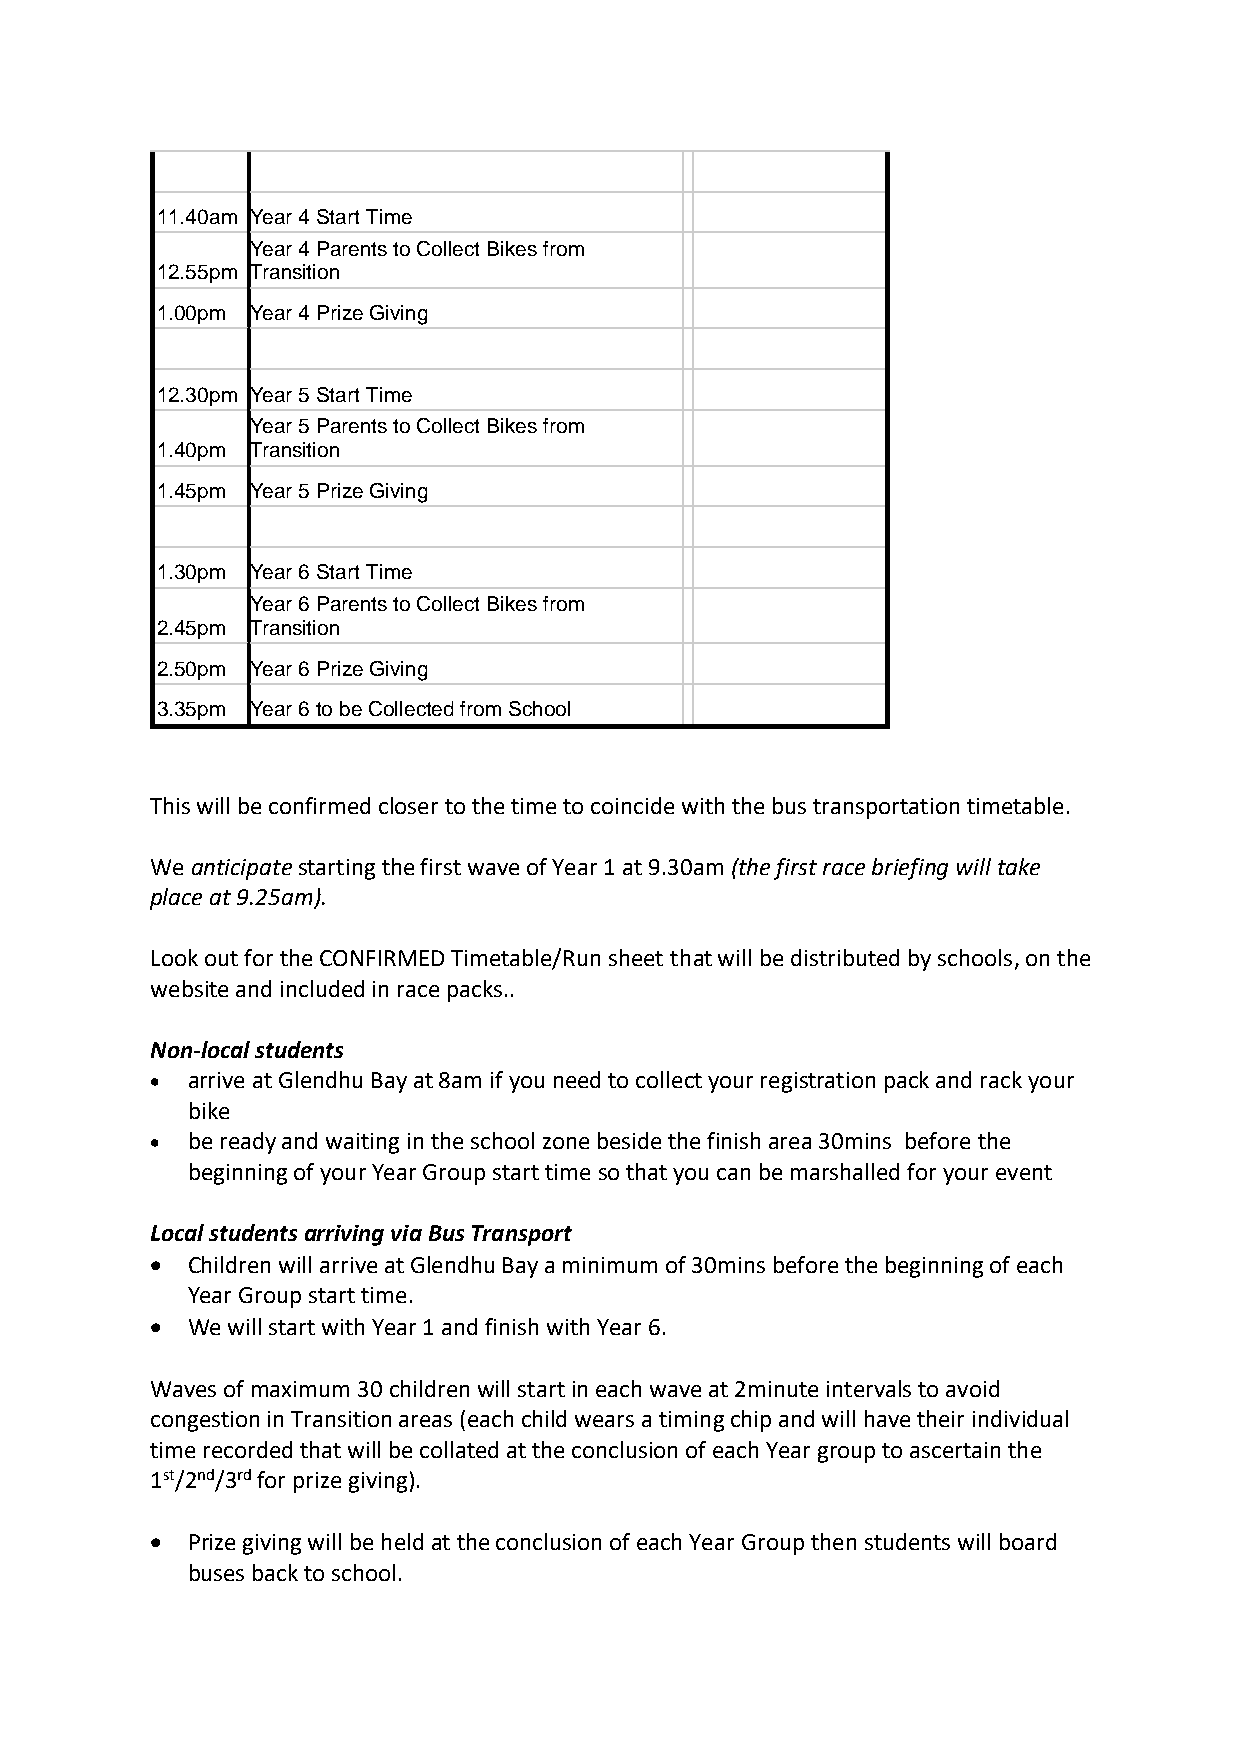
11.40am Year 4 Start Time
 Year 4 Parents to Collect Bikes from
 12.55pm Transition
 1.00pm Year 4 Prize Giving
 12.30pm Year 5 Start Time
 Year 5 Parents to Collect Bikes from
 1.40pm Transition
 1.45pm Year 5 Prize Giving
 1.30pm Year 6 Start Time
 Year 6 Parents to Collect Bikes from
 2.45pm Transition
 2.50pm Year 6 Prize Giving
 3.35pm Year 6 to be Collected from School
 This will be confirmed closer to the time to coincide with the bus transportation timetable.
 We anticipate starting the first wave of Year 1 at 9.30am (the first race briefing will take
 place at 9.25am).
 Look out for the CONFIRMED Timetable/Run sheet that will be distributed by schools, on the
 website and included in race packs..
 Non-local students
 • arrive at Glendhu Bay at 8am if you need to collect your registration pack and rack your
 bike
 • be ready and waiting in the school zone beside the finish area 30mins before the
 beginning of your Year Group start time so that you can be marshalled for your event
 Local students arriving via Bus Transport
 • Children will arrive at Glendhu Bay a minimum of 30mins before the beginning of each
 Year Group start time.
 • We will start with Year 1 and finish with Year 6.
 Waves of maximum 30 children will start in each wave at 2minute intervals to avoid
 congestion in Transition areas (each child wears a timing chip and will have their individual
 time recorded that will be collated at the conclusion of each Year group to ascertain the
 1st/2nd/3rd for prize giving).
 • Prize giving will be held at the conclusion of each Year Group then students will board
 buses back to school.